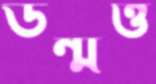
উন্মত্ত